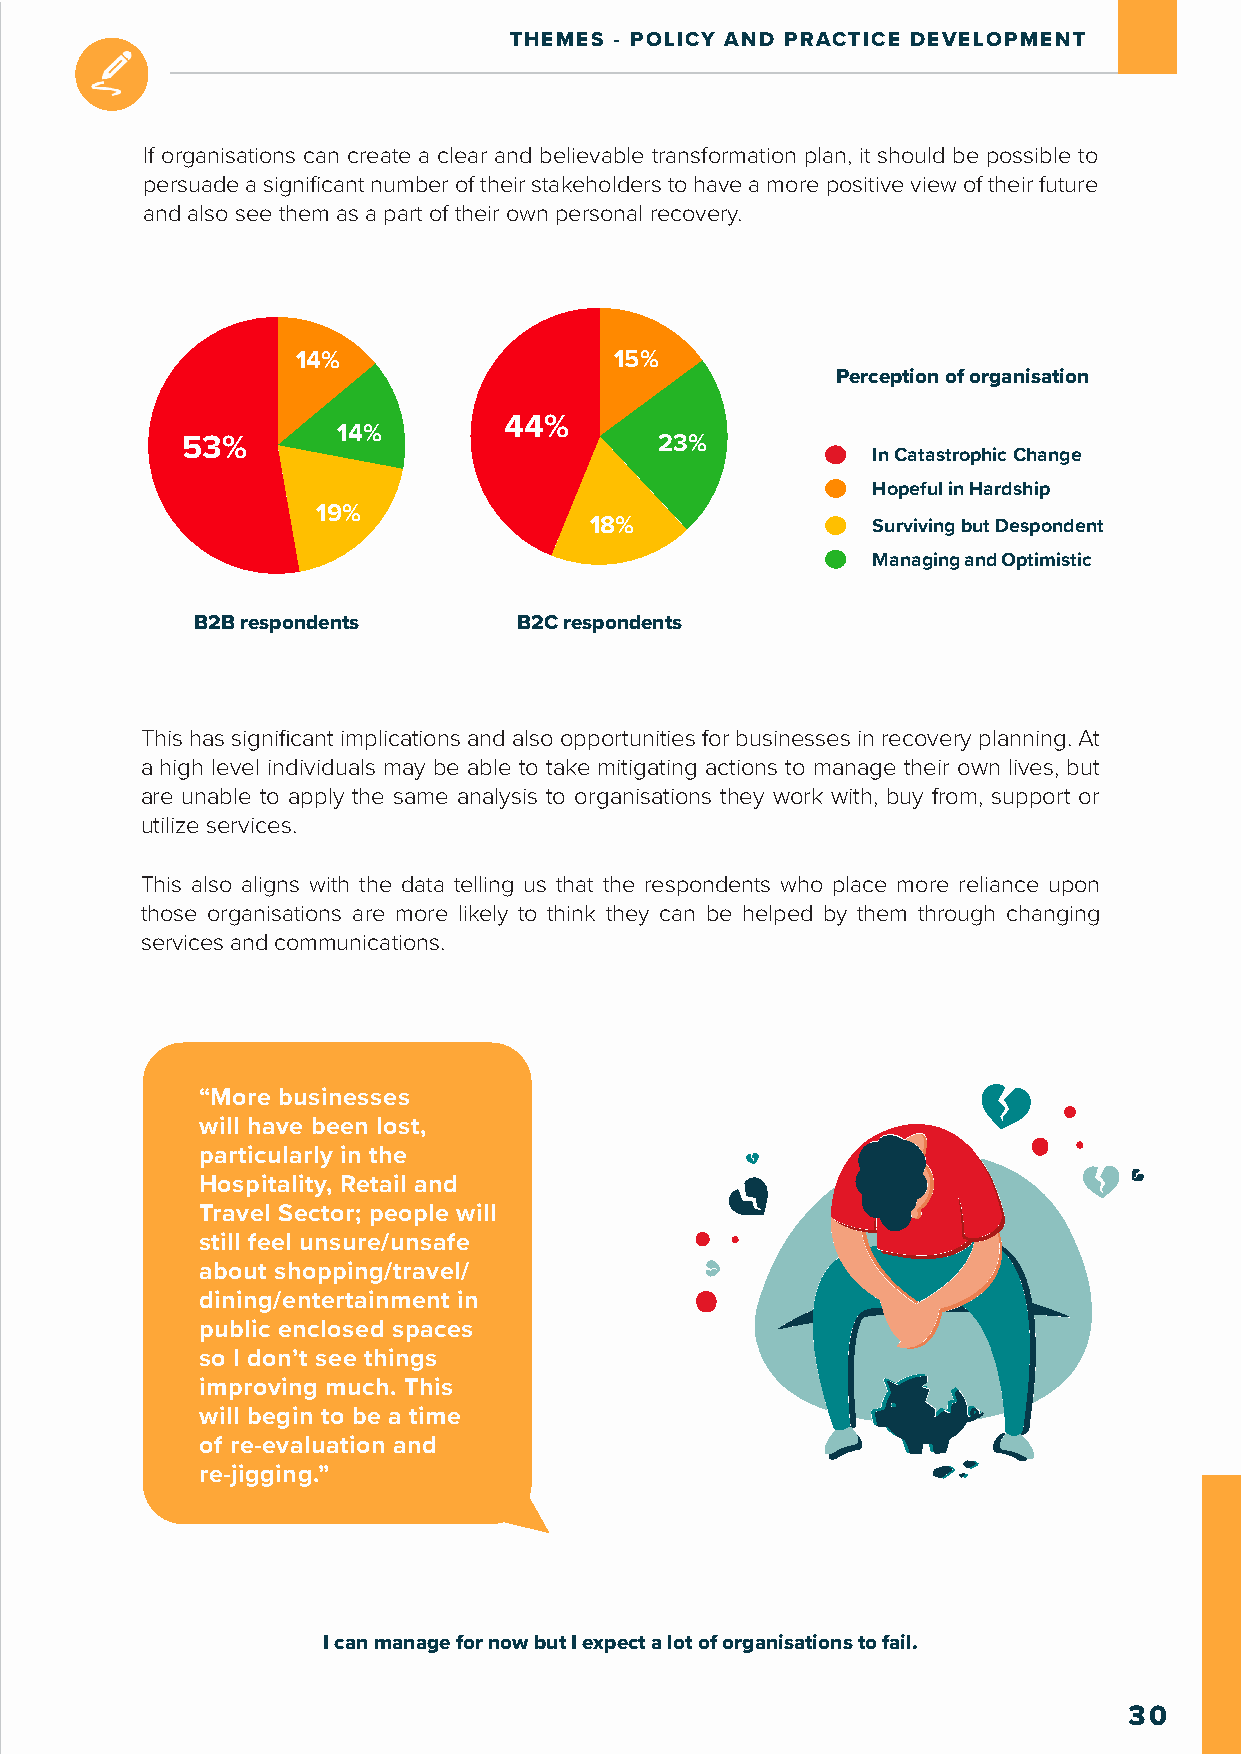
THEMES - POLICY AND PRACTICE DEVELOPMENT
 If organisations can create a clear and believable transformation plan, it should be possible to
 persuade a significant number of their stakeholders to have a more positive view of their future
 and also see them as a part of their own personal recovery.
 14%                  15%
 Perception of organisation
 44%
 14%
 53%                             23%
 In Catastrophic Change
 Hopeful in Hardship
 19%
 18%                Surviving but Despondent
 Managing and Optimistic
 B2B respondents      B2C respondents
 This has significant implications and also opportunities for businesses in recovery planning. At
 a high level individuals may be able to take mitigating actions to manage their own lives, but
 are unable to apply the same analysis to organisations they work with, buy from, support or
 utilize services.
 This also aligns with the data telling us that the respondents who place more reliance upon
 those organisations are more likely to think they can be helped by them through changing
 services and communications.
 “More businesses
 will have been lost,
 particularly in the
 Hospitality, Retail and
 Travel Sector; people will
 still feel unsure/unsafe
 about shopping/travel/
 dining/entertainment in
 public enclosed spaces
 so I don’t see things
 improving much. This
 will begin to be a time
 of re-evaluation and
 re-jigging.”
 I can manage for now but I expect a lot of organisations to fail.
 30